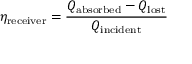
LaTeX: \eta _ { \mathrm { r e c e i v e r } } = { \frac { Q _ { \mathrm { a b s o r b e d } } - Q _ { \mathrm { l o s t } } } { Q _ { \mathrm { i n c i d e n t } } } }